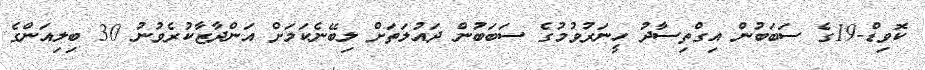
ކޮވިޑް-19ގެ ސަބަބުން އިގްތިސާދު ހީނަރުވުމުގެ ސަބަބުން ދައުލަތަށް ލިބޭނެކަމަށް އަންދާޒާކުރެވުނު 30 ބިލިއަންގެ